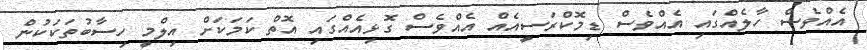
އެއްވެސް ހާލެއްގައި އެއްވެސް ޑިމޮކްރަސީއެއް އެއްވެސް ގޮޅިއެއްގައި އޮތް ކަމަކަށް އިލްމީ ހިސާބުތަކަކުން